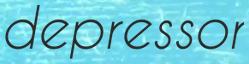
depressor